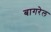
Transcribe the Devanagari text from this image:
बागरेल